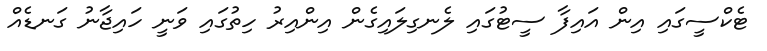
ޓެކްސީގައި އިން އައިފާ ސީޓުގައި ލެނގިލައިގެން އިންއިރު ހިތުގައި ވަނީ ހައިޖާނު ގަނޑެއް